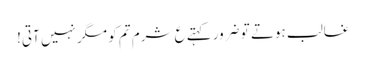
غالب ہوتے تو ضرور کہتے ع شرم تم کو مگر نہیں آتی!